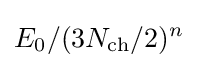
E_{0}/(3N_{\text{ch}}/2)^{n}